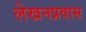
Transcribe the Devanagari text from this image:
लेखनप्रवास